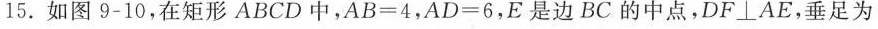
15.如图9-10，在矩形ABCD中，$$A B = 4$$，$$A D = 6$$，E是边BC的中点，DF\bot AE，垂足